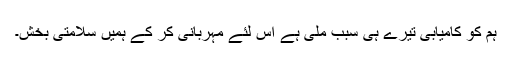
ہم کو کامیابی تیرے ہی سبب ملی ہے اس لئے مہربانی کر کے ہمیں سلامتی بخش۔